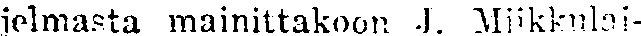
jelmasta mainittakoon J. Miikkulai-